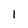
Character: I